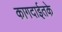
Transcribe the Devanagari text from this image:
कागदाईतके